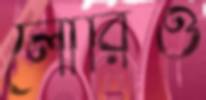
লোরিও